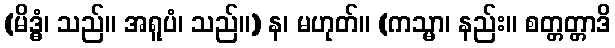
(မိဒ္ဓံ၊ သည်။ အရူပံ၊ သည်။) န၊ မဟုတ်။ (ကသ္မာ၊ နည်း။ စတ္တတ္တာဒိ